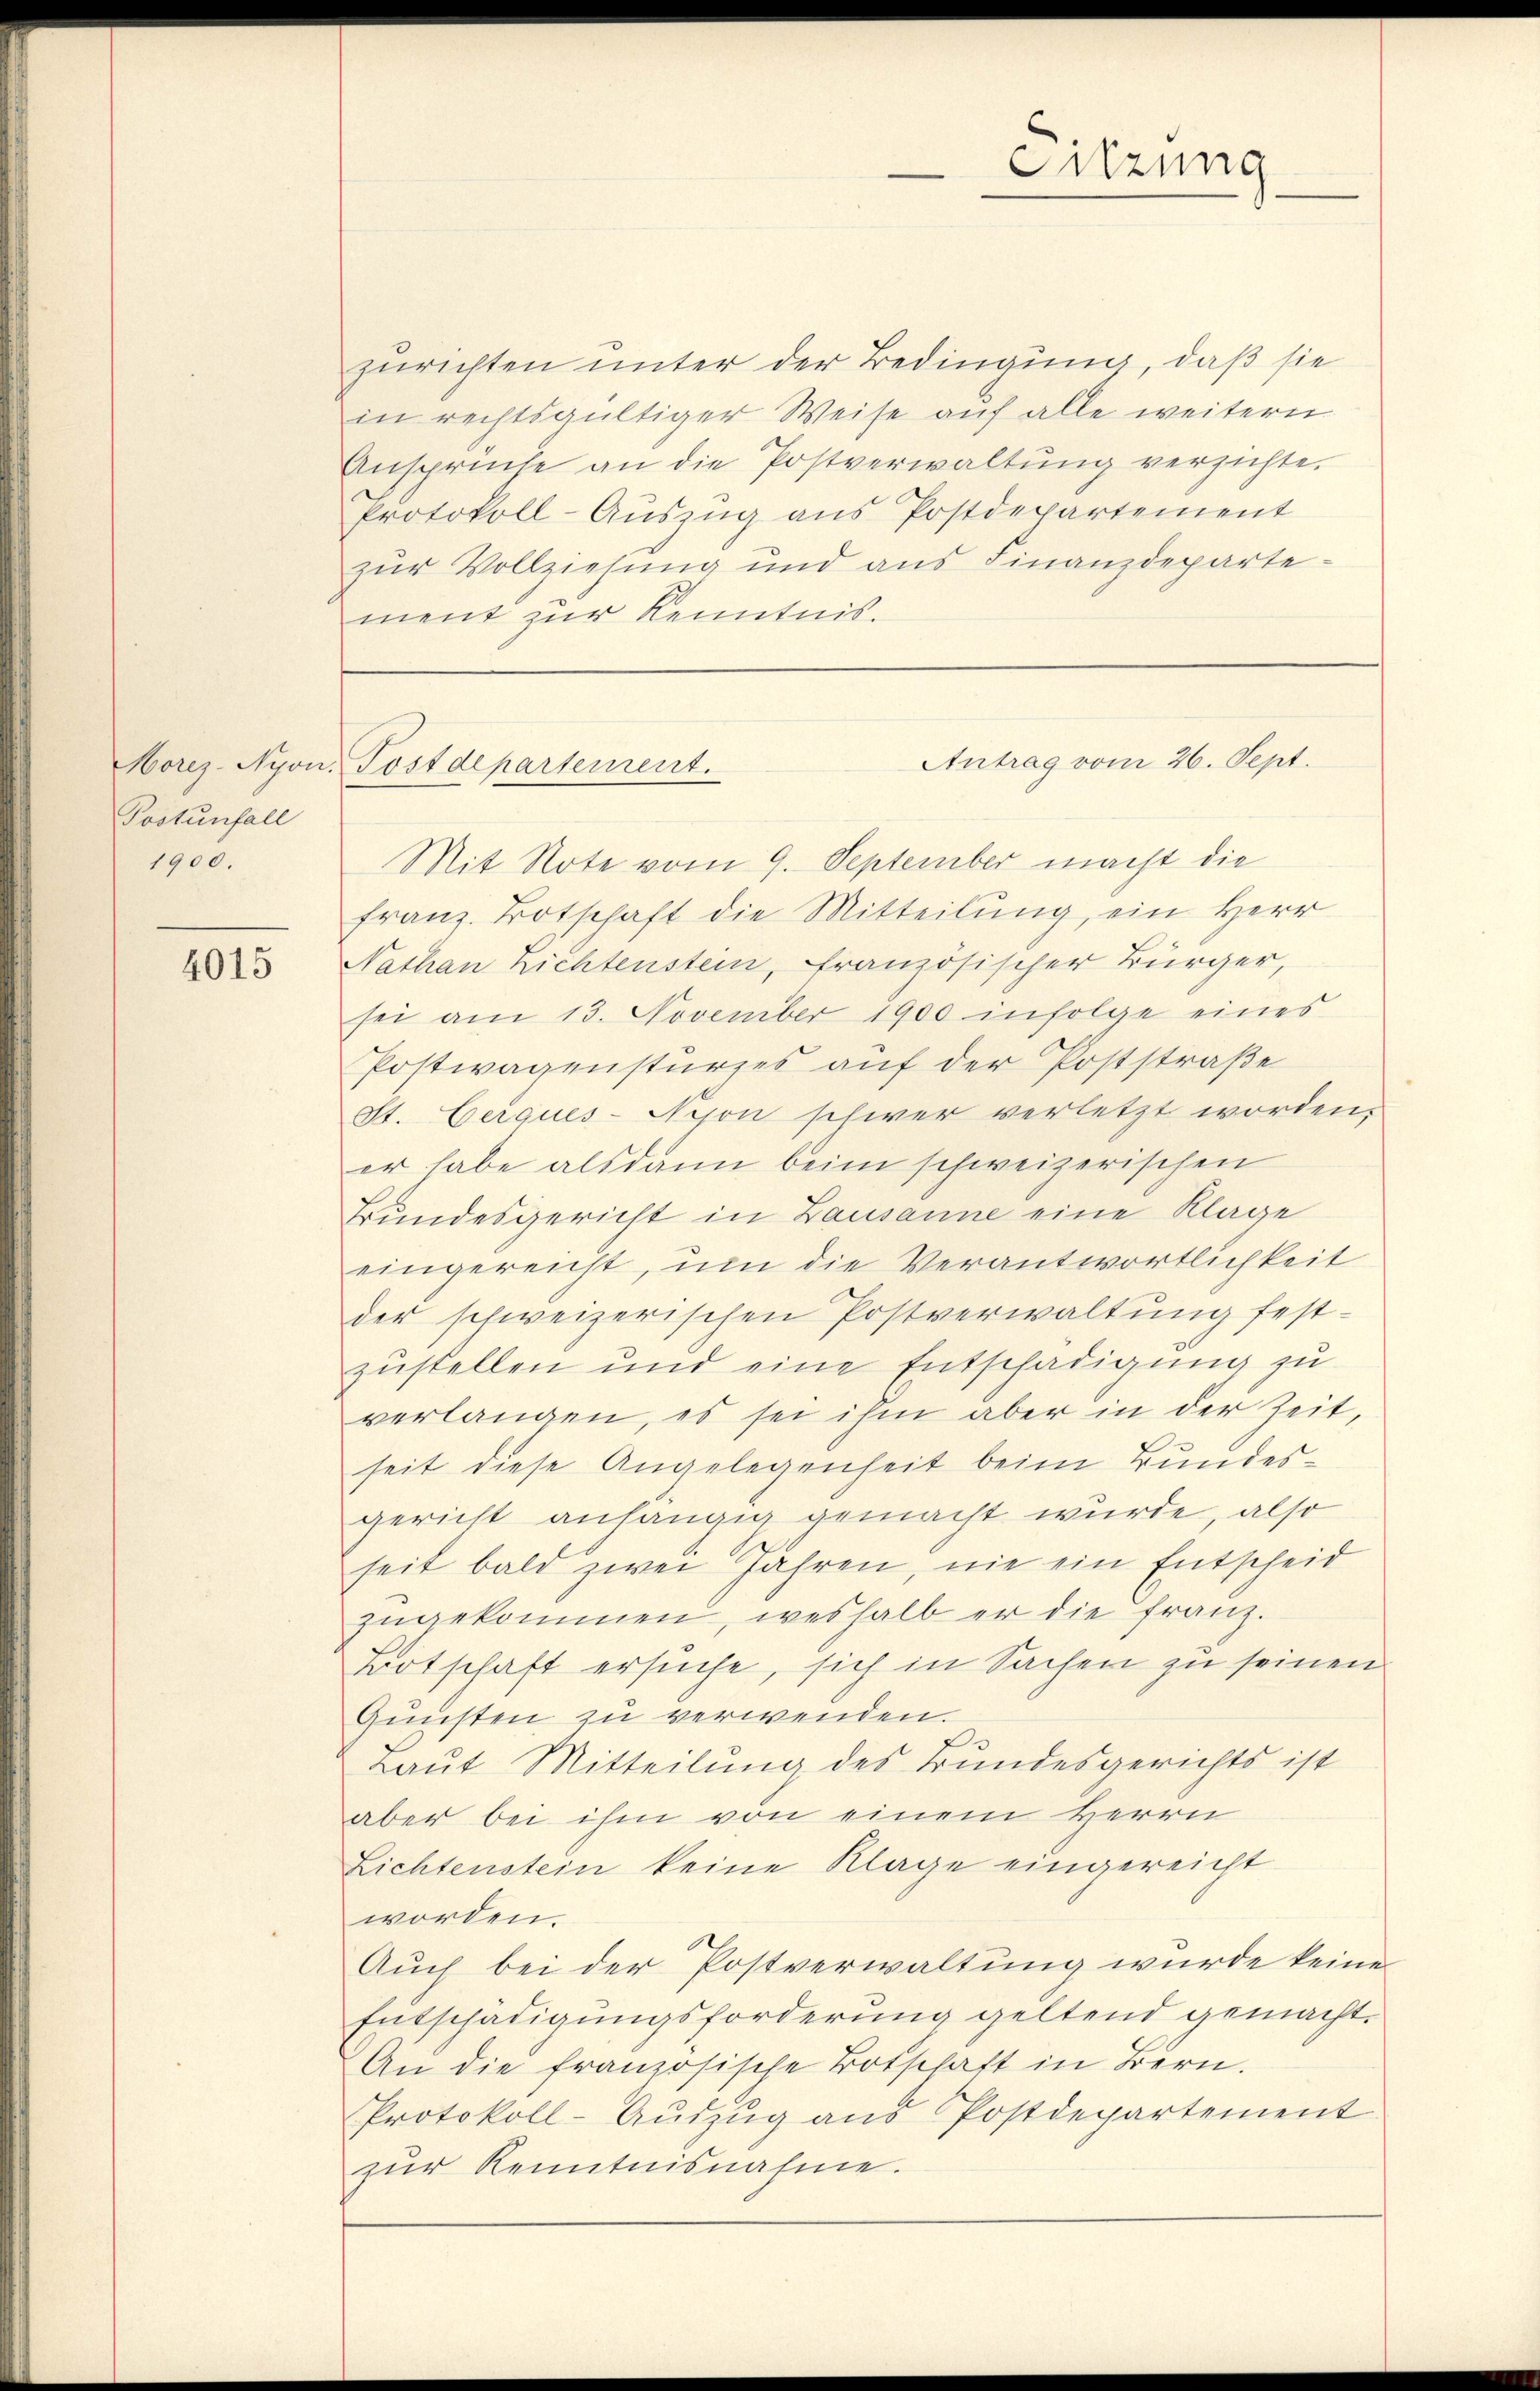
Morez- Nyon.
Postunfall
1900.

4015

zurichten unter der Bedingung, daß sie
in rechtsgültiger Weise auf alle weitern
Ansprüche an die Postverwaltŭng versichte.
Protokoll-Auszug aus Postdepartement
zur Vollziehung und aus Finanzdeparte.
ment zur Kenntnis.

Postdepartement.

Mit Note vom 9. September macht die
franz. Botschaft die Mitteilung, ein Herr
Nathan Lichtenstein, französischer Bürger,
sei am 13. November 1900 infolge eines
Postwagensturzes auf der Poststraße
St. Cerques-Nijon schwer verletzt worden,
er habe alsdann beim schweizerischen
Bundesgericht in Lausanne eine Klage
eingereicht, um die Verantwortlichkeit
der schweizerischen Postverwaltung festzustellen und eine Entschädigung zu
verlangen, es sei ihm aber in der Zeit,
seit diese Angelegenheit beim Bundesgericht anhängig gemacht wurde, also
seit bald zwei Jahren, nie ein Entscheid
zŭgekommen, weshalb er die Franz.
Botschaft ersuche, sich in Sachen zu seinen
Gunsten zu verwenden.
Laut Mitteilung des Bundesgerichts ist
aber bei ihm von einem Herrn
Lichtenstein keine Klage eingereicht
worden.
Auch bei der Postverwaltung wurde keine
Entschädigungsforderung geltend gemacht.
An die französische Botschaft in Bern.
Protokoll-Aŭszŭg aŭs Postdepartement
zur Kenntnisnahme.

Sitzung

Antrag vom 26. Sept.